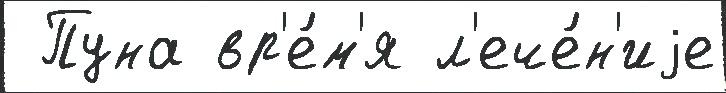
 Пуна вр'е́м'я л'ече́н'иjе